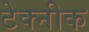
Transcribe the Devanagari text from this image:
टेक्नीक